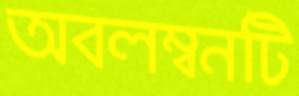
অবলম্বনটি